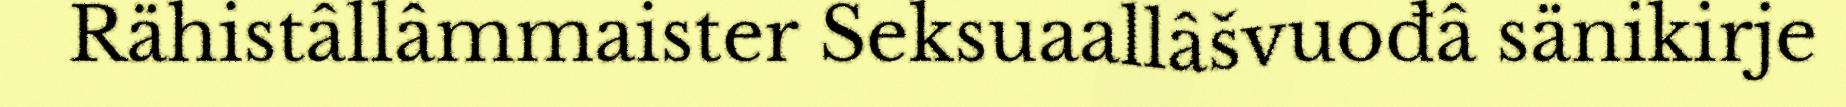
Rähistâllâmmaister Seksuaallâšvuođâ sänikirje